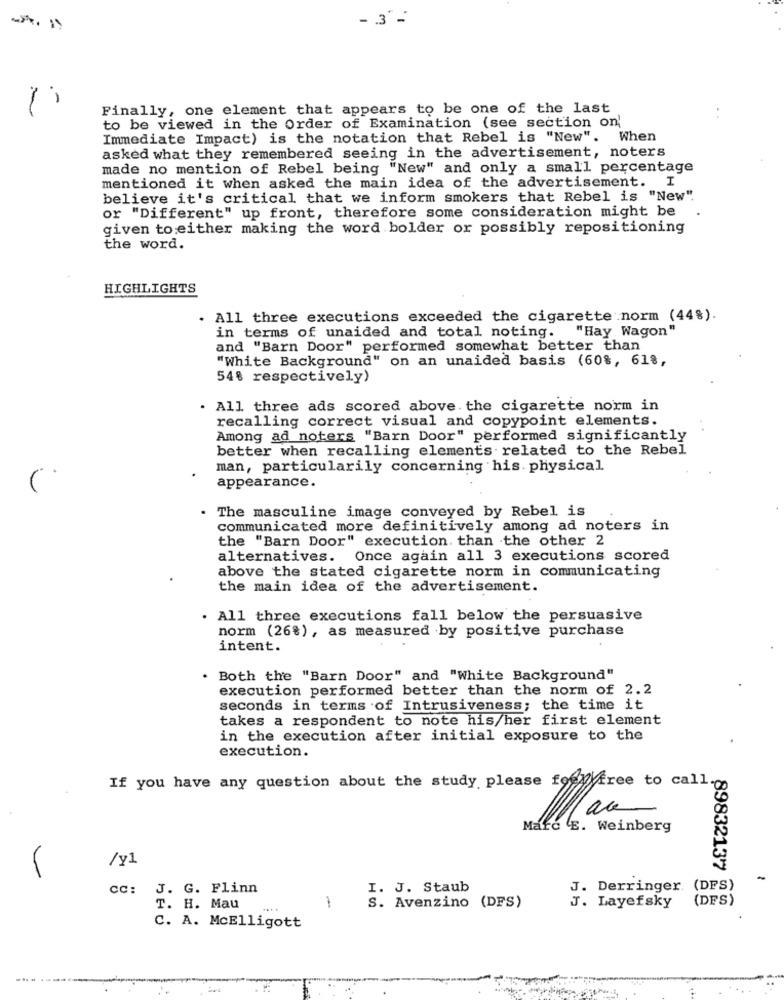
- 3' -
Finally, one element that appears to be one of the last
. .
to be viewed in the Order of Examination (see section on'
Immediate Impact) is the notation that Rebel is "New". When
asked what they remembered seeing in the advertisement, noters
made no mention of Rebel being "New" and only a small percentage
mentioned it when asked the main idea of the advertisement. I
believe it's critical that we inform smokers that Rebel is "New".
or "Different" up front, therefore some consideration might be
given to either making the word bolder or possibly repositioning
the word.
HIGHLIGHTS
. All three executions exceeded the cigarette norm (44%).
in terms of unaided and total noting. "Hay Wagon"
and "Barn Door" performed somewhat better than
"White Background" on an unaided basis (60%, 61%,
54% respectively)
. All three ads scored above. the cigarette norm in
recalling correct visual and copypoint elements.
Among ad noters "Barn Door" performed significantly
better when recalling elements related to the Rebel
man, particularily concerning his. physical
appearance.
The masculine image conveyed by Rebel is
communicated more definitively among ad noters in
the "Barn Door" execution. than the other 2
alternatives. Once again all 3 executions scored
above the stated cigarette norm in communicating
the main idea of the advertisement.
. All three executions fall below the persuasive
norm (26%), as measured by positive purchase
intent.
. Both the "Barn Door" and "White Background"
execution performed better than the norm of 2.2
seconds in terms of Intrusiveness; the time it
takes a respondent to note his/her first element
in the execution after initial exposure to the
execution.
If you have any question about the study please fogy free to call.
Marc E. Weinberg
/y1
89832137
cc: J. G. Flinn
I. J. Staub
J. Derringer. (DFS)
(DFS)
T. H. Mau
-
S. Avenzino (DFS)
J. Layefsky
C. A. McElligott